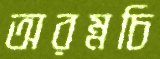
অরম্নচি